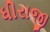
ધીરાજી